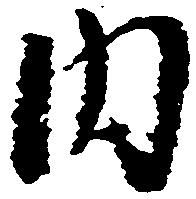
内